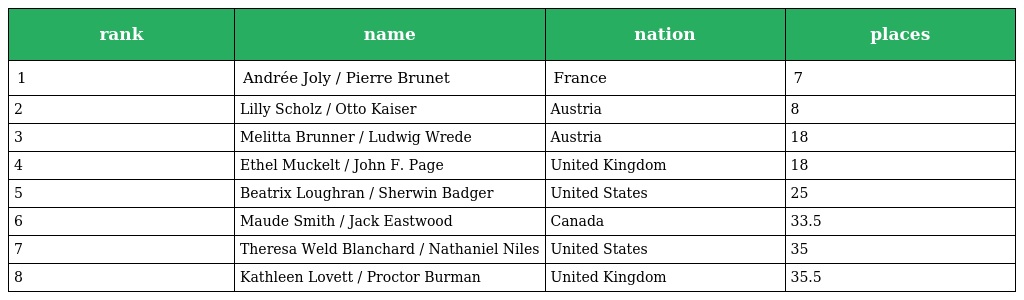
| rank | name | nation | places |
 | --- | --- | --- | --- |
 | 1 | Andrée Joly / Pierre Brunet | France | 7 |
 | 2 | Lilly Scholz / Otto Kaiser | Austria | 8 |
 | 3 | Melitta Brunner / Ludwig Wrede | Austria | 18 |
 | 4 | Ethel Muckelt / John F. Page | United Kingdom | 18 |
 | 5 | Beatrix Loughran / Sherwin Badger | United States | 25 |
 | 6 | Maude Smith / Jack Eastwood | Canada | 33.5 |
 | 7 | Theresa Weld Blanchard / Nathaniel Niles | United States | 35 |
 | 8 | Kathleen Lovett / Proctor Burman | United Kingdom | 35.5 |